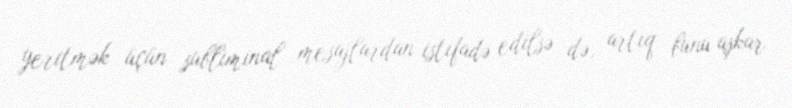
yeritmək üçün subliminal mesajlardan istifadə edilsə də, artıq bunu aşkar